Report on the bubonic plague in Bombay, 1896-1897
Year: 1896
Disease focus: Plague
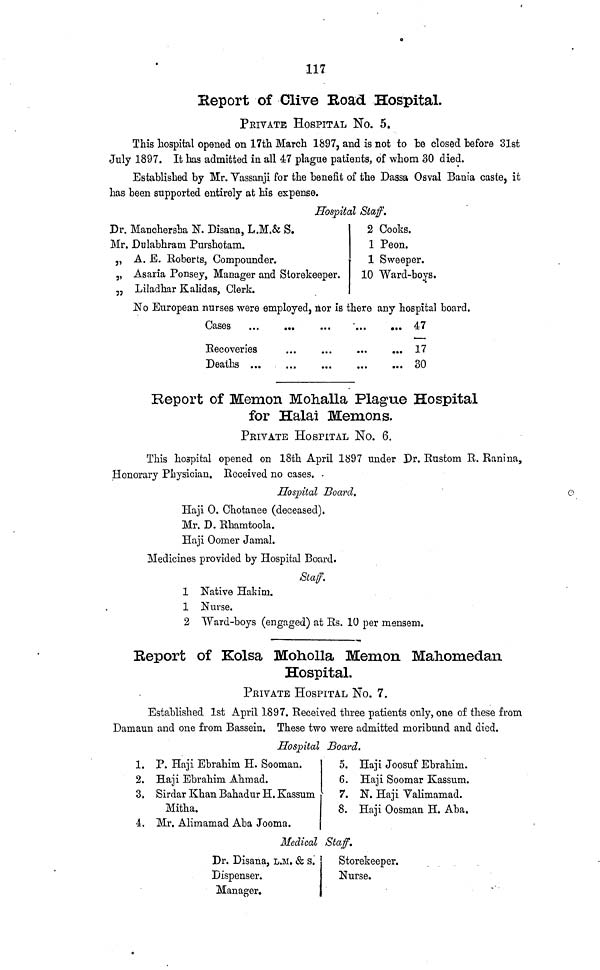
117
Report of Clive Road Hospital.
PRIVATE HOSPITAL No. 5.
This hospital opened on 17th March 1897, and is not to be closed before 31st
July 1897. It has admitted in all 47 plague patients, of whom 30 died.
Established by Mr. Vassanji for the benefit of the Dassa Osval Bania caste, it
has been supported entirely at his expense.
Hospital Staff.
Dr. Manchersha N. Disana, L.M.& S.
Mr. Dulabhram Purshotam.
„ A. E. Roberts, Compounder.
,, Asaria Ponsey, Manager and Storekeeper.
„ Liladhar Kalidas, Clerk.
2 Cooks.
1 Peon.
1 Sweeper.
10 Ward-boys.
No European nurses were employed, nor is there any hospital board.
Cases
Recoveries
Deaths ...
47
17
30
Report of Memon Mohalla Plague Hospital
for Halai Memons.
PRIVATE HOSPITAL No. 6.
This hospital opened on 18th April 1897 under Dr. Rustom R. Ranina,
Honorary Physician. Received no cases.
Hospital Board.
Haji O. Chotanee (deceased).
Mr. D. Rhamtoola.
Haji Oomer Jamal.
Medicines provided by Hospital Board.
Staff.
1 Native Hakim,
1 Nurse.
2 Ward-boys (engaged) at Rs. 10 per mensem.
Report of Kolsa Moholla Memon Mahomedan
Hospital
PRIVATE HOSPITAL No. 7.
Established 1st April 1897. Received three patients only, one of these from
Damaun and one from Bassein. These two were admitted moribund and died.
Hospital Board.
1. P. Haji Ebrahim H. Sooman.
2. Haji Ebrahim Ahmad.
3. Sirdar Khan Bahadur H. Kassum
Mitha.
4. Mr. Alimamad Aba Jooma.
5. Haji Joosuf Ebrahim.
6. Haji Soomar Kassum.
7. N. Haji Valimamad.
8. Haji Oosman H. Aba.
Medical Staff.
Dr. Disana, L.M. & s.
Dispenser.
Manager.
Storekeeper.
Nurse.